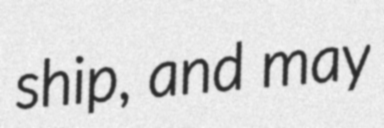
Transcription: ship, and may